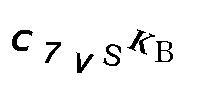
C7VSKB